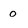
Character: 0